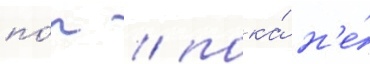
по́р / пока́ н'е́